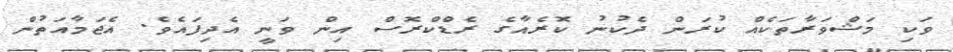
ވަކި މަޝްވަރާތަކެއް ކުރަން ދެކުނު ކޮރެއާގެ ރެޑްކްރޮސް އިން ވަނީ އެދިފައެވެ. އެޖަމާއަތުން